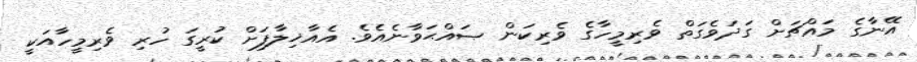
އޭނާގެ މައްޗަށް ގަދަވެގަތް ވެރިމީހާގެ ވެރިކަން ޞައްޙަވާނެއެވެ. އެއާޚިލާފަށް ކުރީގަ ހުރި ވެރިމީހާއަކީ